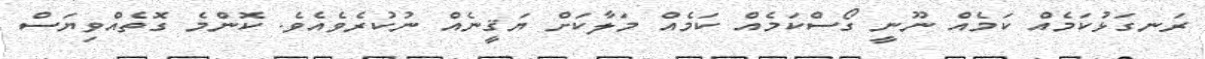
ރަނގަޅުކަމެއް ކަމެއް ނޫނީ ގޯސްކަމެއް ކަމެއް މަލާކަށް ޔަޤީނެއް ނުކުރެވެއެވެ. ކޮންމެ ގޮތެއްވިޔަސް